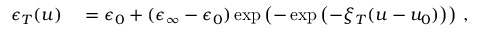
\begin{array} { r l } { \epsilon _ { T } ( u ) } & { { } = \epsilon _ { 0 } + ( \epsilon _ { \infty } - \epsilon _ { 0 } ) \exp { \left( - \exp { \left( - \xi _ { T } ( u - u _ { 0 } ) \right) } \right) } \mathrm { ~ , ~ } } \end{array}